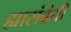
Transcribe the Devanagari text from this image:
ह्यासंबंधी